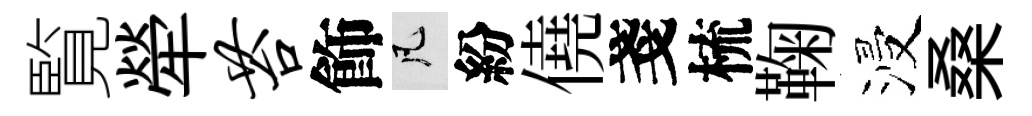
覧犖苔飾凡紛僥戔梳鞠浸桑